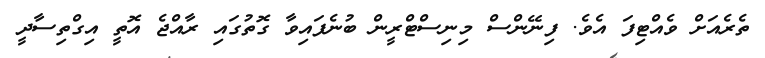
ތެރެއަށް ވެއްޓިފަ އެވެ. ފިނޭންސް މިނިސްޓްރީން ބުނެފައިވާ ގޮތުގައި ރާއްޖެ އޮތީ އިގްްތިސާދީ